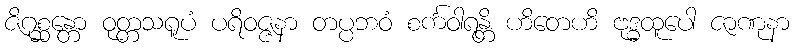
ဇိဂုစ္ဆန္တော ဝုတ္တသရူပံ ပရိဝဇ္ဇနာ တပ္ပဘဝံ စင်္ကဝါရန္တိ ဟိတေဟိ ဗုဒ္ဓထူပေါ ဇာဏုနာ